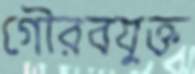
গৌরবযুক্ত